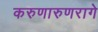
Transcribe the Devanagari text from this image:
करुणारुणरागे